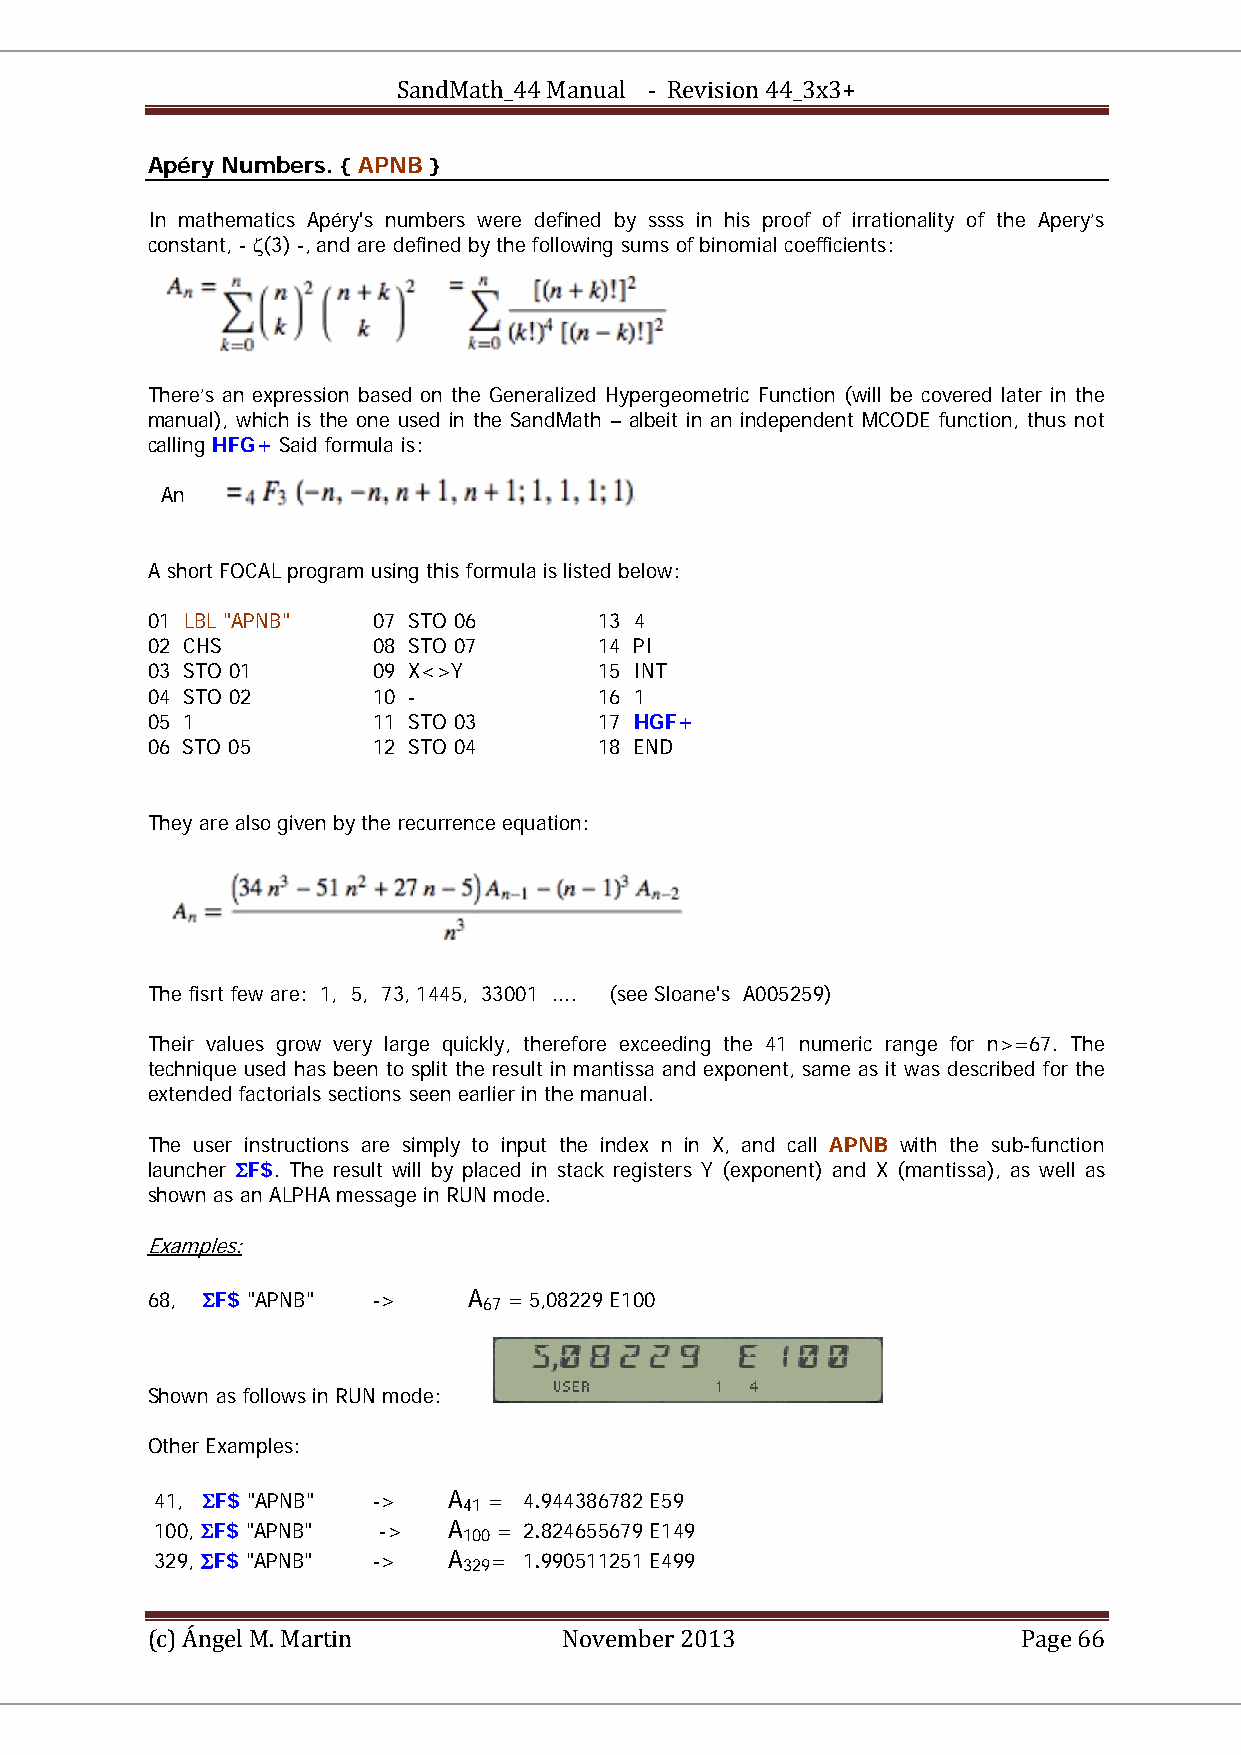
SandMath_44 Manual - Revision 44_3x3+
 Apéry Numbers. { APNB }
 In mathematics Apéry's numbers were defined by ssss in his proof of irrationality of the Apery’s
 constant, - ζ(3) -, and are defined by the following sums of binomial coefficients:
 There’s an expression based on the Generalized Hypergeometric Function (will be covered later in the
 manual), which is the one used in the SandMath – albeit in an independent MCODE function, thus not
 calling HFG+ Said formula is:
 An
 A short FOCAL program using this formula is listed below:
 01 LBL "APNB"  07 STO 06      13 4
 02 CHS         08 STO 07      14 PI
 03 STO 01      09 X<>Y        15 INT
 04 STO 02      10 -           16 1
 05 1           11 STO 03      17 HGF+
 06 STO 05      12 STO 04      18 END
 They are also given by the recurrence equation:
 The fisrt few are: 1, 5, 73, 1445, 33001 .... (see Sloane's A005259)
 Their values grow very large quickly, therefore exceeding the 41 numeric range for n>=67. The
 technique used has been to split the result in mantissa and exponent, same as it was described for the
 extended factorials sections seen earlier in the manual.
 The user instructions are simply to input the index n in X, and call APNB with the sub-function
 launcher ΣF$. The result will by placed in stack registers Y (exponent) and X (mantissa), as well as
 shown as an ALPHA message in RUN mode.
 Examples:
 68, ΣF$ "APNB" ->    A  = 5,08229 E100
 67
 Shown as follows in RUN mode:
 Other Examples:
 41, ΣF$ "APNB" ->   A =  4.944386782 E59
 41
 100, ΣF$ "APNB" ->  A  = 2.824655679 E149
 100
 329, ΣF$ "APNB" ->  A =  1.990511251 E499
 329
 (c) Ángel M. Martin        November 2013                  Page 66